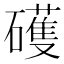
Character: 𥖪